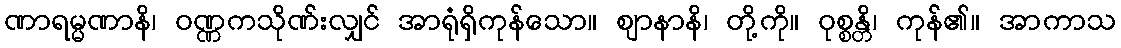
ဏာရမ္မဏာနိ၊ ဝဏ္ဏကသိုဏ်းလျှင် အာရုံရှိကုန်သော။ ဈာနာနိ၊ တို့ကို။ ဝုစ္စန္တိ၊ ကုန်၏။ အာကာသ